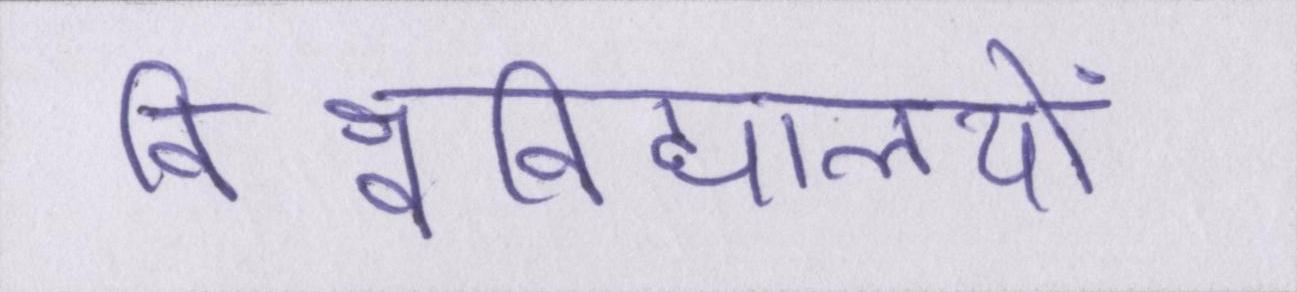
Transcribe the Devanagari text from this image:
विश्वविद्यालयों